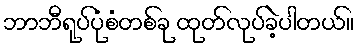
ဘာဘီရုပ်ပုံစံတစ်ခု ထုတ်လုပ်ခဲ့ပါတယ်။